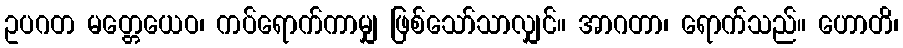
ဥပဂတ မတ္တေယေဝ၊ ကပ်ရောက်ကာမျှ ဖြစ်သော်သာလျှင်။ အာဂတာ၊ ရောက်သည်။ ဟောတိ၊